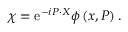
\chi = \mathrm { e } ^ { - i P \cdot X } \phi \left( x , P \right) .